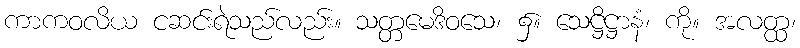
ကာကဝလိယ ငဆင်းရဲသည်လည်း။ သတ္တမေဒိဝသေ၊ ၌။ သေဋ္ဌိဋ္ဌာနံ၊ ကို။ အလတ္ထ၊